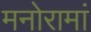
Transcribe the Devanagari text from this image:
मनोरामां